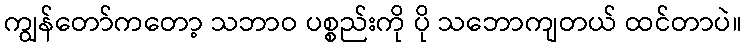
ကျွန်တော်ကတော့ သဘာဝ ပစ္စည်းကို ပို သဘောကျတယ် ထင်တာပဲ။